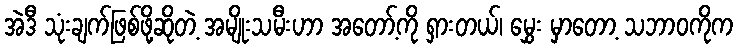
အဲဒီ သုံးချက်ဖြစ်ဖို့ဆိုတဲ့ အမျိုးသမီးဟာ အတော့်ကို ရှားတယ်၊ မွှေး မှာတော့ သဘာဝကိုက